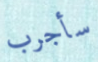
سأجرب